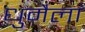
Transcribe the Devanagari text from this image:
धुमैला